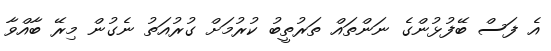
އެ ފަސް ބޭފުޅުންގެ ނަންތައް ތަރުތީބު ކުރުމަށް ގުރުއަތު ނެގުން މިރޭ ބާއްވާ